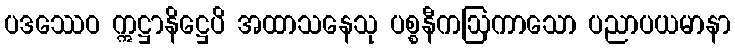
ပဒဿေဝ ဣဋ္ဌာနိဋ္ဌေပိ အထာသနေသု ပစ္စနီကဩကာသော ပညာပယမာနာ